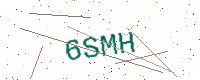
Text: 6SMH